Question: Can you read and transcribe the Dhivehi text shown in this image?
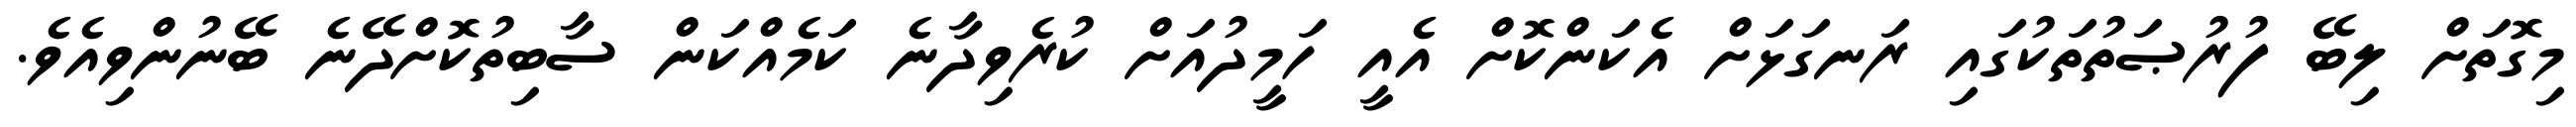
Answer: މިގޮތަށް ލިބޭ ފުރުޞަތުތަކުގައި ރަނގަޅަށް އެކަންކޮށް އެއީ ހަމީދުއަށް ކުރެވިދާނެ ކަމެއްކަން ސާބިތުކޮށްދޭނެ ބޭނުންވިއެވެ.